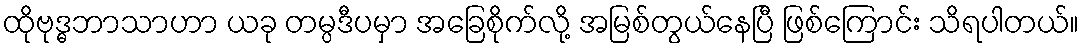
ထိုဗုဒ္ဓဘာသာဟာ ယခု တမ္ပဒီပမှာ အခြေစိုက်လို့ အမြစ်တွယ်နေပြီ ဖြစ်ကြောင်း သိရပါတယ်။